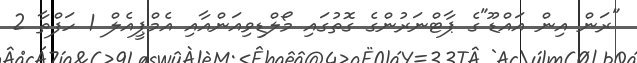
"ރަން އިން އައްޑޫ"ގެ ޕާޓްނަރުންގެ ގޮތުގައި މޯލްޑިވިއަންއާއި އެމްޕީއެލް 1 ހަފްތާ 2